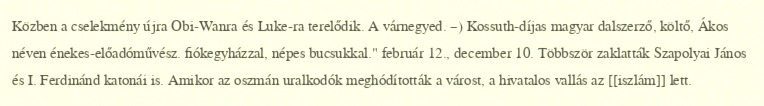
Közben a cselekmény újra Obi-Wanra és Luke-ra terelődik. A várnegyed. –) Kossuth-díjas magyar dalszerző, költő, Ákos néven énekes-előadóművész. fiókegyházzal, népes bucsukkal." február 12., december 10. Többször zaklatták Szapolyai János és I. Ferdinánd katonái is. Amikor az oszmán uralkodók meghódították a várost, a hivatalos vallás az [[iszlám]] lett.